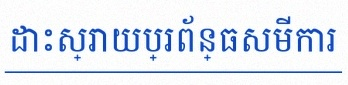
ដោះស្រាយប្រព័ន្ធសមីការ